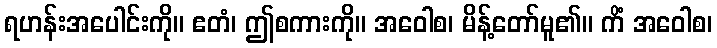
ရဟန်းအပေါင်းကို။ ဧတံ၊ ဤစကားကို။ အဝေါစ၊ မိန့်တော်မူ၏။ ကိံ အဝေါစ၊